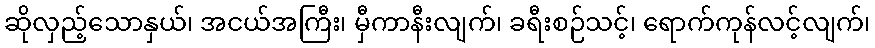
ဆိုလှည့်သောနှယ်၊ အငယ်အကြီး၊ မှီကာနီးလျက်၊ ခရီးစဉ်သင့်၊ ရောက်ကုန်လင့်လျက်၊